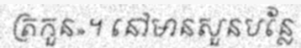
ត្រកួន»។ នៅមានសួនបន្លែ